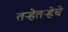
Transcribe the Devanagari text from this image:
तऱ्हेतऱ्हेचे